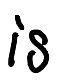
Text: is
Cross-out: clean
Writing tool: digital_black